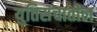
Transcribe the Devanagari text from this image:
युतिसंचातील